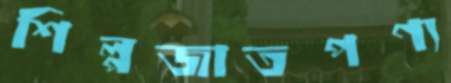
শিল্পজাতপণ্য